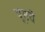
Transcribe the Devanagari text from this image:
पूरचे